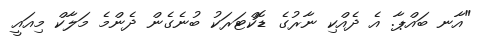
"އާނ ބައްޕާ. އެ ދެއްކި ނާރުގެ ޑޮކްޓަރަކު ބުނެގެން ދެންމެ މަލާކް މިއައީ